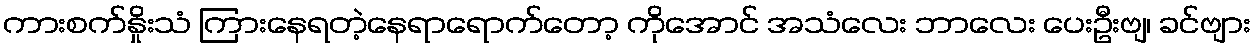
ကားစက်နှိုးသံ ကြားနေရတဲ့နေရာရောက်တော့ ကိုအောင် အသံလေး ဘာလေး ပေးဦးဗျ၊ ခင်ဗျား